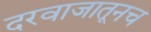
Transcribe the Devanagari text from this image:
दरवाजातूनच